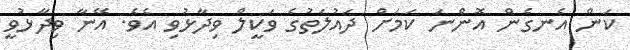
ކަން އެނގެން އޮންނަ ކަމަށް ދައުލަތުގެ ވަކީލް ވިދާޅުވި އެވެ. އޭނާ ވިދާޅުވީ